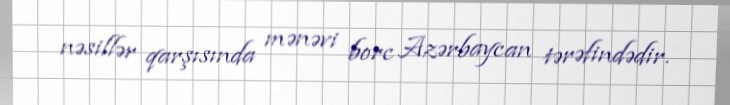
nəsillər qarşısında mənəvi borc Azərbaycan tərəfindədir.